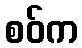
စဝ်က